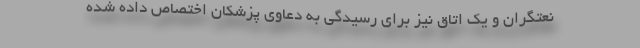
نعتگران و یک اتاق نیز برای رسیدگی به دعاوی پزشکان اختصاص داده شده